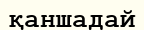
қаншадай